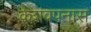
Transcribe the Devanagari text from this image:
केशवपनास